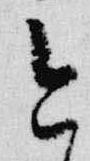
今